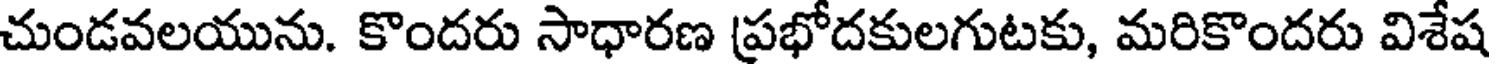
చుండవలయును. కొందరు సాధారణ ప్రభోదకులగుటకు, మరికొందరు విశేష